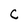
Character: C